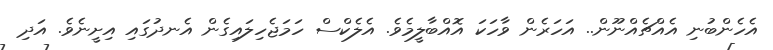
އެހެންބުނި އެއްޗެއްނޫން.. އަހަރެން ވާހަކަ އޮއްބާލީމެވެ. އެލެކްސް ހަމަޖެހިލައިގެން އެނދުގައި އިށީނެވެ. އަދި